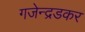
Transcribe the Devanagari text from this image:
गजेन्द्रडकर